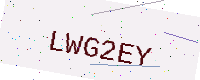
Text: LWG2EY